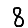
Digit: 8